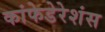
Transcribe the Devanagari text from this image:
कांफेडेरेशंस